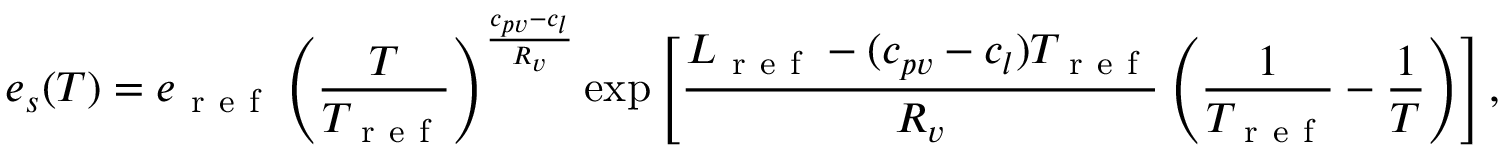
e _ { s } ( T ) = e _ { \mathrm { ~ r ~ e ~ f ~ } } \left( \frac { T } { T _ { \mathrm { ~ r ~ e ~ f ~ } } } \right) ^ { \frac { c _ { p v } - c _ { l } } { R _ { v } } } \exp \left[ \frac { L _ { \mathrm { ~ r ~ e ~ f ~ } } - ( c _ { p v } - c _ { l } ) T _ { \mathrm { ~ r ~ e ~ f ~ } } } { R _ { v } } \left( \frac { 1 } { T _ { \mathrm { ~ r ~ e ~ f ~ } } } - \frac { 1 } { T } \right) \right] ,